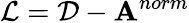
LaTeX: \mathcal{L}=\mathcal{D}-\mathbf{A}^{norm}